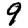
Digit: 9